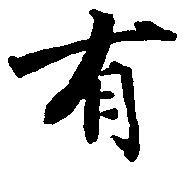
有